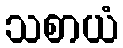
သစာယံ